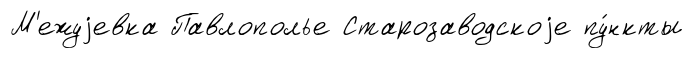
М'ежуjевка Павлополье Старозаводскоjе пу́нкты